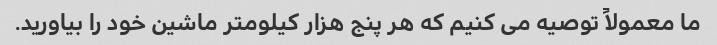
ما معمولاً توصیه می کنیم که هر پنج هزار کیلومتر ماشین خود را بیاورید.